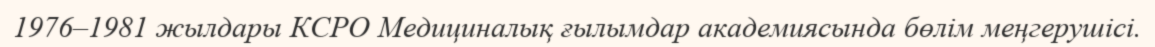
1976–1981 жылдары КСРО Медициналық ғылымдар академиясында бөлім меңгерушісі.